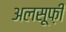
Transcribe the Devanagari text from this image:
अलसूफ़ी